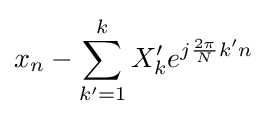
x_{n}-\sum _{k'=1}^{k}X_{k}'e^{j{\frac {2\pi }{N}}k'n}